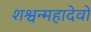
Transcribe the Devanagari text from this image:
शश्वन्महादेवो